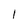
Character: l